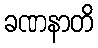
ခဏနာတိ